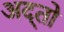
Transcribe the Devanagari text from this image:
अद्तो